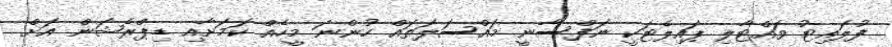
ފުލައިޓު ވައްޓާލި ޕައިލެޓަކީ ނަފްސާނީ މައްސަލަަތައް ހުންނަ މީހެއް ކަަމަށާއި ޑިޕްރެޝަން އަށް